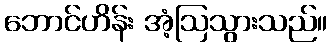
ဘောင်ဟိန်း အံ့ဩသွားသည်။